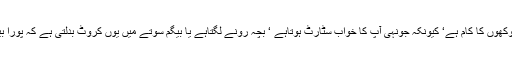
یہ بڑا جان جوکھوں کا کام ہے‘ کیونکہ جونہی آپ کا خواب سٹارٹ ہوتاہے ‘ بچہ رونے لگتاہے یا بیگم سوتے میں یوں کروٹ بدلتی ہے کہ پورا بیڈ ہل جاتاہے۔